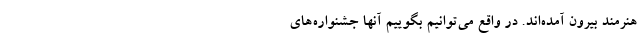
هنرمند بیرون آمده‌اند. در واقع می‌توانیم بگوییم آنها جشنواره‌های